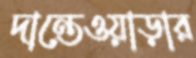
দান্তেওয়াড়ার